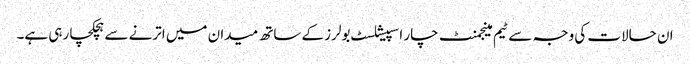
ان حالات کی وجہ سے ٹیم مینجمنٹ چار اسپیشلسٹ بولرز کے ساتھ میدان میں اترنے سے ہچکچا رہی ہے۔